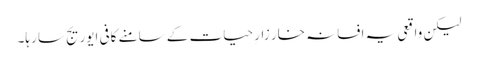
لیکن واقعی یہ افسانہ خار زارِ حیات کے سامنے کافی ایوریج سا رہا۔